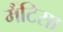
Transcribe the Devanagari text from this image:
मैंटिसा